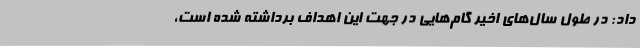
داد: در طول سال‌های اخیر گام‌هایی در جهت این اهداف برداشته شده است،